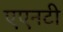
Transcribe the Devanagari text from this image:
एएनटी